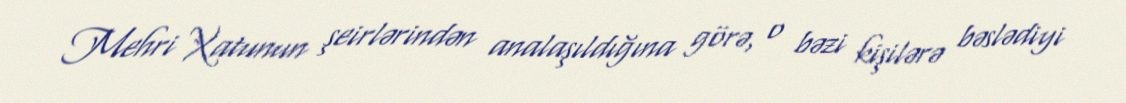
Mehri Xatunun şeirlərindən analaşıldığına görə, o bəzi kişilərə bəslədiyi